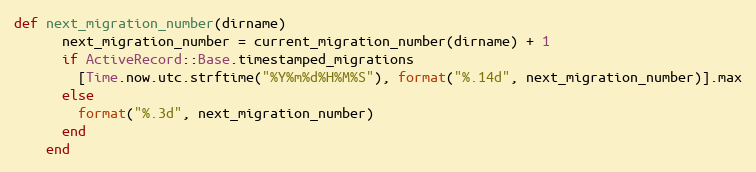
Language: Ruby
def next_migration_number(dirname)
      next_migration_number = current_migration_number(dirname) + 1
      if ActiveRecord::Base.timestamped_migrations
        [Time.now.utc.strftime("%Y%m%d%H%M%S"), format("%.14d", next_migration_number)].max
      else
        format("%.3d", next_migration_number)
      end
    end